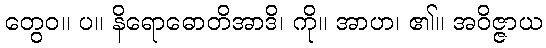
တွေဝ။ ပ။ နိရောဓောတိအာဒိ၊ ကို။ အာဟ၊ ၏။ အဝိဇ္ဇာယ